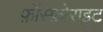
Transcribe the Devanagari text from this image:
फ़ॉस्फ़ोराइट